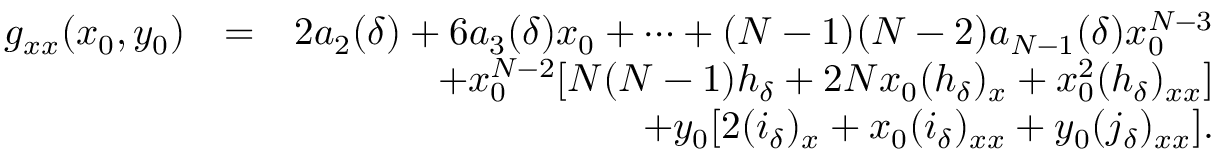
\begin{array} { r l r } { g _ { x x } ( x _ { 0 } , y _ { 0 } ) } & { = } & { 2 a _ { 2 } ( \delta ) + 6 a _ { 3 } ( \delta ) x _ { 0 } + \cdots + ( N - 1 ) ( N - 2 ) a _ { N - 1 } ( \delta ) x _ { 0 } ^ { N - 3 } } \\ & { } & { + x _ { 0 } ^ { N - 2 } [ N ( N - 1 ) h _ { \delta } + 2 N x _ { 0 } ( h _ { \delta } ) _ { x } + x _ { 0 } ^ { 2 } ( h _ { \delta } ) _ { x x } ] } \\ & { } & { + y _ { 0 } [ 2 ( i _ { \delta } ) _ { x } + x _ { 0 } ( i _ { \delta } ) _ { x x } + y _ { 0 } ( j _ { \delta } ) _ { x x } ] . } \end{array}